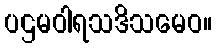
ပဌမဝါရသဒိသမေဝ။